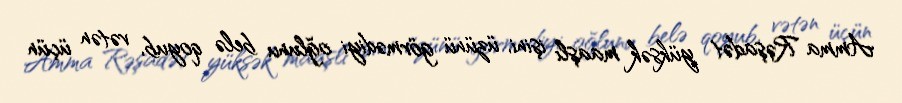
Amma Rəşadət yüksək maaşlı işini, üzünü görmədiyi oğlunu belə qoyub, vətən üçün